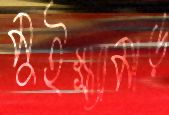
মুইক্ষ্যামাড়